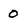
Character: 0